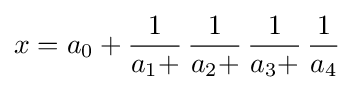
x=a_{0}+{1 \over a_{1}+}\,{1 \over a_{2}+}\,{1 \over a_{3}+}\,{1 \over a_{4}}